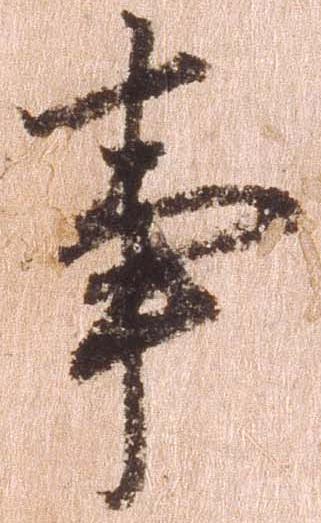
事